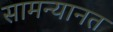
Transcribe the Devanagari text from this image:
सामन्यानत